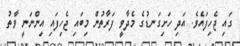
ގައި ޖެހިފައެވެ. އަދި ހަށިގަނޑުގެ މެދާވީ ފަރާތުން މިބައި ޖެހިފައި އިންނަނީ ވާތު